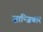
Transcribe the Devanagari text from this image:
ज़ान्ज़िबार